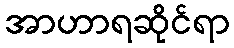
အာဟာရဆိုင်ရာ